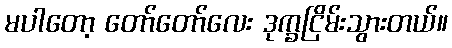
မပါတော့ တော်တော်လေး ဒုက္ခငြိမ်းသွားတယ်။